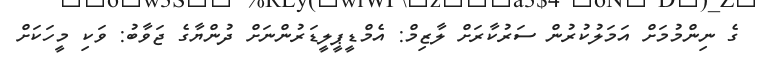
ގެ ނިންމުމަށް އަމަލުކުރުން ސަރުކާރަށް ލާޒިމް: އެމްޑީޕީލީޑަރުންނަށް ދުންޔާގެ ޖަވާބު: ވަކި މީހަކަށް